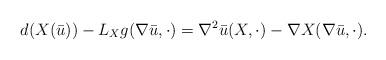
LaTeX: \begin{align*} d(X( \bar u)) - L_X g (\nabla \bar u ,\cdot )&= \nabla^2 \bar u (X, \cdot ) - \nabla X (\nabla \bar u,\cdot).\end{align*}